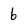
Character: 6